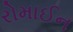
રોમાઈન